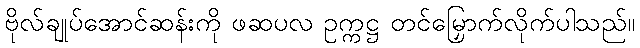
ဗိုလ်ချုပ်အောင်ဆန်းကို ဖဆပလ ဥက္ကဋ္ဌ တင်မြှောက်လိုက်ပါသည်။